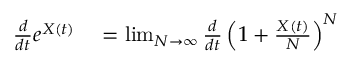
\begin{array} { r l } { { \frac { d } { d t } } e ^ { X ( t ) } } & { { } = \operatorname* { l i m } _ { N \to \infty } { \frac { d } { d t } } \left( 1 + { \frac { X ( t ) } { N } } \right) ^ { N } } \end{array}